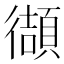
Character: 𫹧